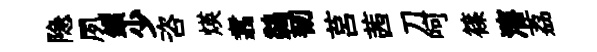
隐夙鎻少咨煐翥鷁韧莒茜刀呵篠瀋荔